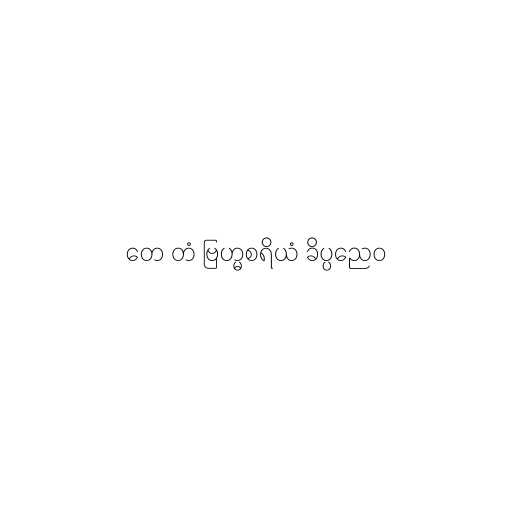
တေ တံ ဗြဟ္မစရိယံ ခိပ္ပညေဝ